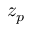
z _ { p }